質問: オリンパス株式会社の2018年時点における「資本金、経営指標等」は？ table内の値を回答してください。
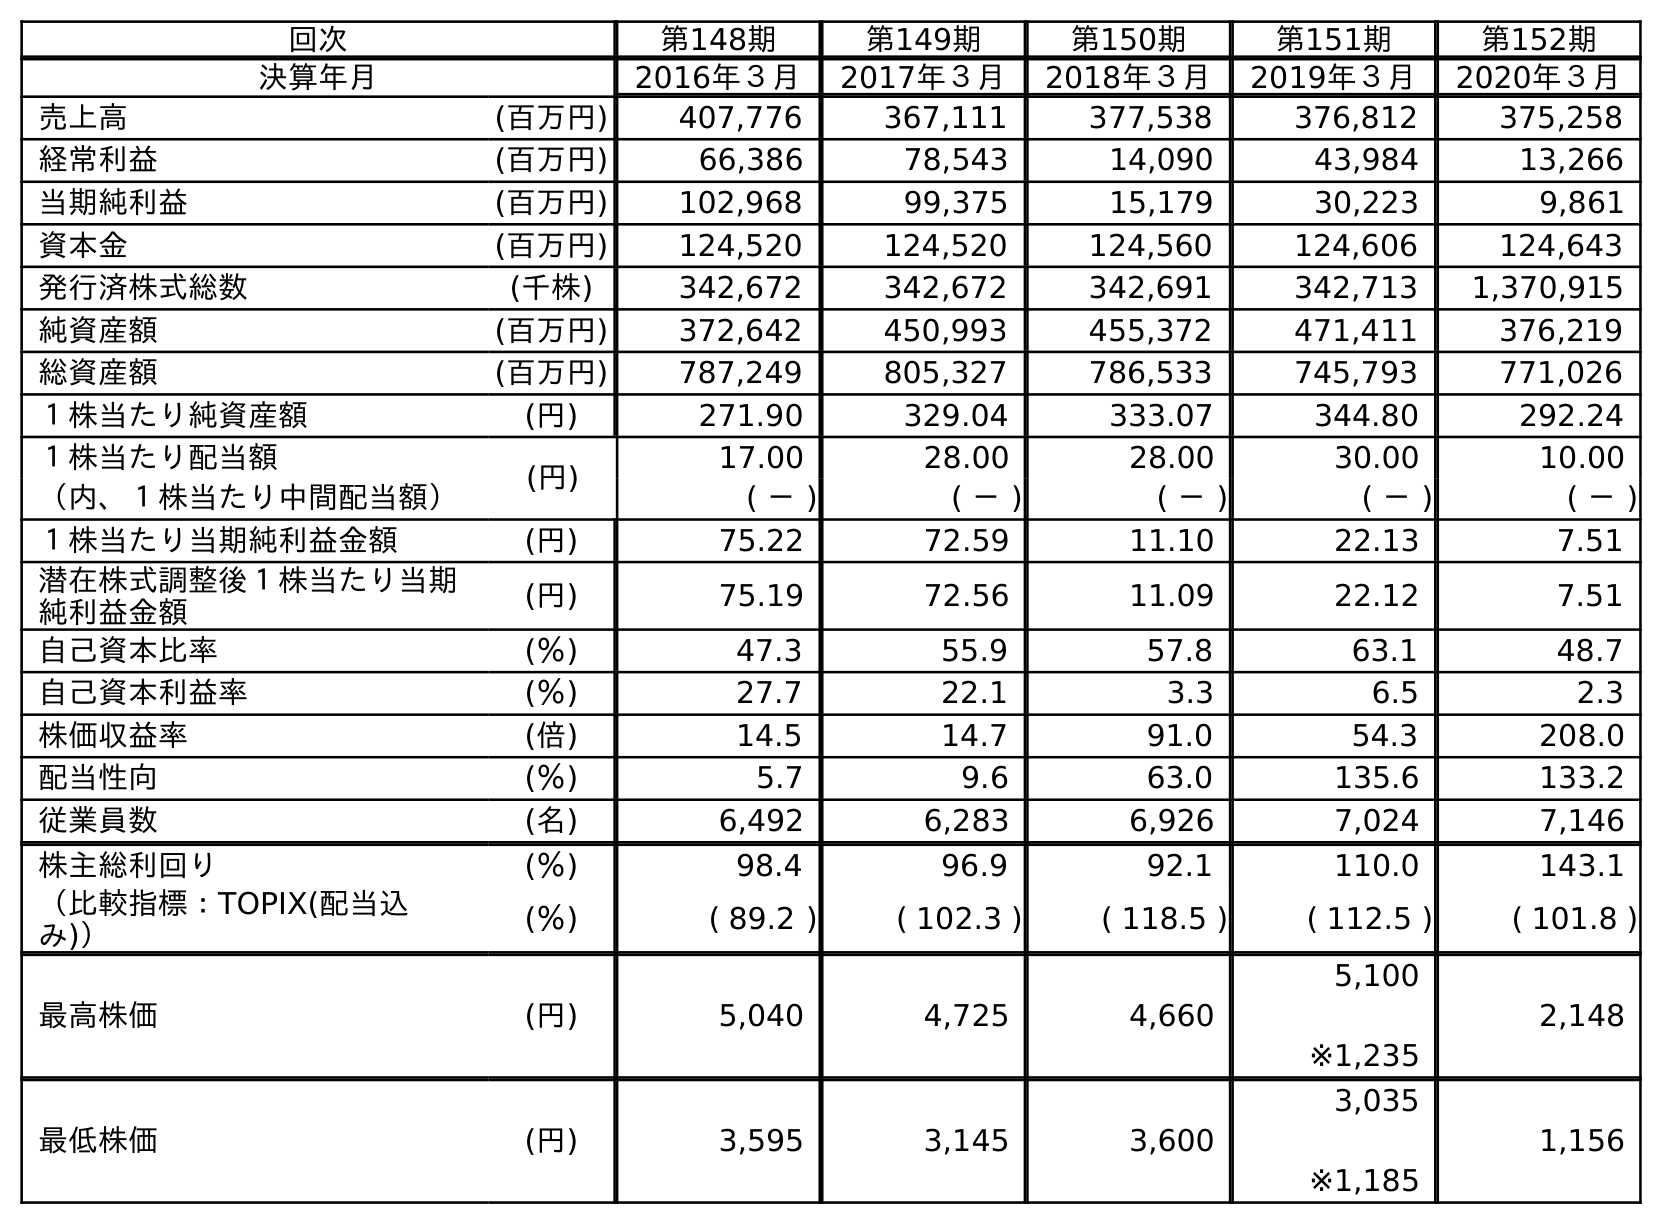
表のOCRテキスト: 回次 第148期 第149期 第150期 第151期 第152期 決算年月 2016年３月 2017年３月 2018年３月 2019年３月 2020年３月 売上高 (百万円) 407,776 367,111 377,538 376,812 375,258 経常利益 (百万円) 66,386 78,543 14,090 43,984 13,266 当期純利益 (百万円) 102,968 99,375 15,179 30,223 9,861 資本金 (百万円) 124,520 124,520 124,560 124,606 124,643 発行済株式総数 (千株) 342,672 342,672 342,691 342,713 1,370,915 純資産額 (百万円) 372,642 450,993 455,372 471,411 376,219 総資産額 (百万円) 787,249 805,327 786,533 745,793 771,026 １株当たり純資産額 (円) 271.90 329.04 333.07 344.80 292.24 １株当たり配当額 (円) 17.00 28.00 28.00 30.00 10.00 （内、１株当たり中間配当額） ( － ) ( － ) ( － ) ( － ) ( － ) １株当たり当期純利益金額 (円) 75.22 72.59 11.10 22.13 7.51 潜在株式調整後１株当たり当期 純利益金額 (円) 75.19 72.56 11.09 22.12 7.51 自己資本比率 (％) 47.3 55.9 57.8 63.1 48.7 自己資本利益率 (％) 27.7 22.1 3.3 6.5 2.3 株価収益率 (倍) 14.5 14.7 91.0 54.3 208.0 配当性向 (％) 5.7 9.6 63.0 135.6 133.2 従業員数 (名) 6,492 6,283 6,926 7,024 7,146 株主総利回り (％) 98.4 96.9 92.1 110.0 143.1 （比較指標：TOPIX(配当込 み)） (％) ( 89.2 ) ( 102.3 ) ( 118.5 ) ( 112.5 ) ( 101.8 ) 最高株価 (円) 5,040 4,725 4,660 5,100 ※1,235 2,148 最低株価 (円) 3,595 3,145 3,600 3,035 ※1,185 1,156
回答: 124,560